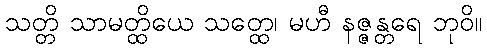
သတ္တိ သာမတ္ထိယေ သတ္ထေ၊ မဟီ နဇ္ဇန္တရေ ဘုဝိ။